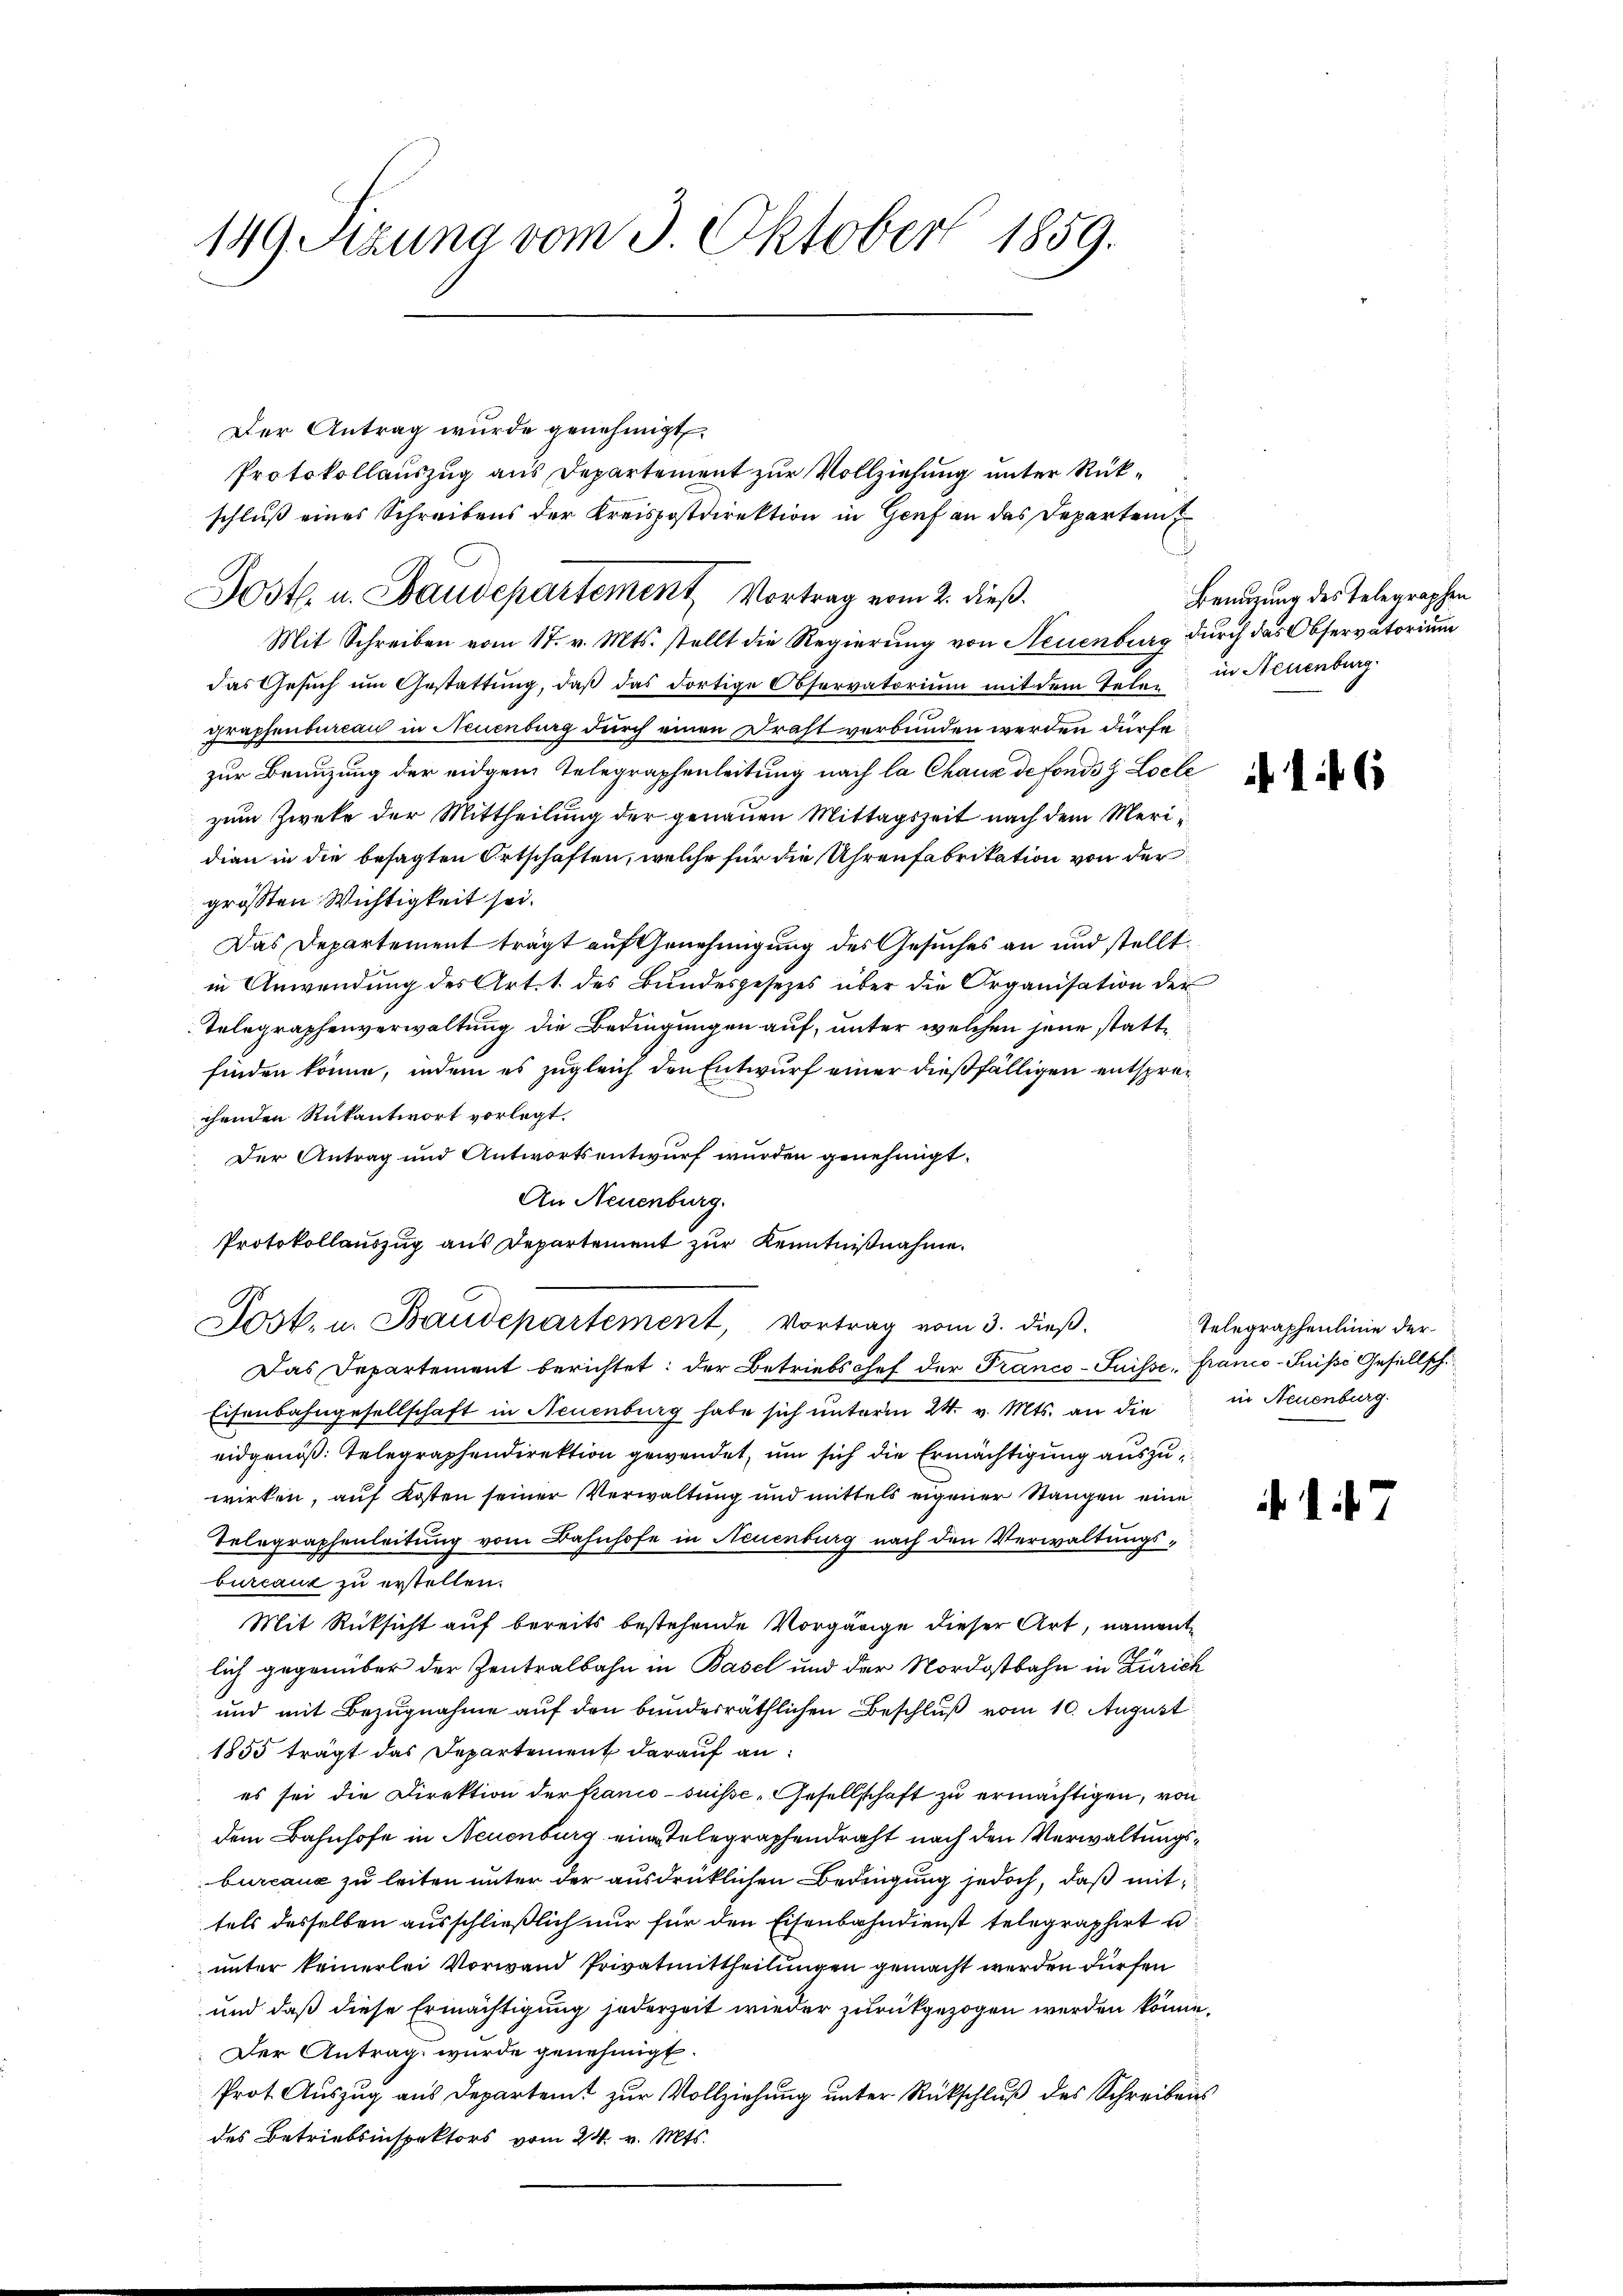
149 Szung vom 3. Oktober 1859.

Der Antrag wurde genehmigt.
Protokollauszug aus Departement zur Vollziehung unter Rükschluß eines Schreibens der Kreispostdirektion in Genf an das Departen
Mit Schreiben vom 17. v. Mts. stellt die Regierung von Neuenburg durch das Observatorium
das Gesuch um Gestattung, daß das dortige Observatorium mit dem Telen in Neuenburg
graphenbureau in Neuenburg durch einen Draht verbunden werden dürfe
zur Benuzung der eidgem Telegraphenleitung nach la Chaux de fonds z Loele
zum Zweke der Mittheilung der genauen Mittagszeit nach dem Meridian in die besagten Ortschaften, welche für die Uhrenfabrikation von der
größten Wichtigkeit sei.
Das Departement trägt auf Genehmigung des Gesuches an und stellt.
in Anwendung des Art. 1. des Bundesgesezes über die Organisation der
Telegraphenverwaltung die Bedingungen auf, unter welchen jene stattfinden könne, indem es zugleich den Entwurf einer dießfälligen entsprechenden Rükantwort vorlegt.
Der Antrag und Antwortsentwurf wurden genehmigt.
An Neuenburg.
Protokollauszug aus Departement zur Kenntnißnahme.
Jost. u. Baudepartement, Vortrag vom 3. dieß.
Das Departement berichtet: der Betriebschef der Franco-Suisse, franco-Puisse Gesellsch.
Eisenbahngesellschaft in Neuenburg habe sich unterm 24. v. Mts. an die in Neuenburg.
eidgenöß: Telegraphendirektion gewendet, um sich die Ermächtigung auszuwirken, auf Kosten seiner Verwaltung und mittels eigener Stangen eine
Telegraphenleitung vom Bahnhofe in Neuenburg nach den Verwaltungsburcaut zu erstellen.
Mit Rüksicht auf bereits bestehende Vorgärige dieser Art, namentlich gegenüber der Zentralbahn in Basel und der Nordostbahn in Zürich
und mit Bezugnahme auf den bundesräthlichen Beschluß vom 10. August
1855 trägt das Departement darauf an:
es sei die Direktion der Kanio-suisse-Gesellschaft zu ermächtigen, von
dem Bahnhofe in Neuenburg ein Telegraphendraht nach den Verwaltungsbureaus zu leiten unter der ausdrücklichen Bedingung jedoch, daß mit
tels desselben ausschließlich nur für den Eisenbahndienst telegraphirt u.
unter keinerlei Vorwand Privatmittheilungen gemacht werden dürfen
und daß diese Ermächtigung jederzeit wieder zurückgezogen werden könne.
Der Antrag wurde genehmigt.
Prot. Auszug aus Departemt zur Vollziehung unter Rückschluß des Schreibens
des Betriebsinspektors vom 24. v. Mts.

Post. u. Baudepartement Vortrag vom 2. dieß.

n

Benuzung des Telegraphen

16

Telegraphenlinie der

1